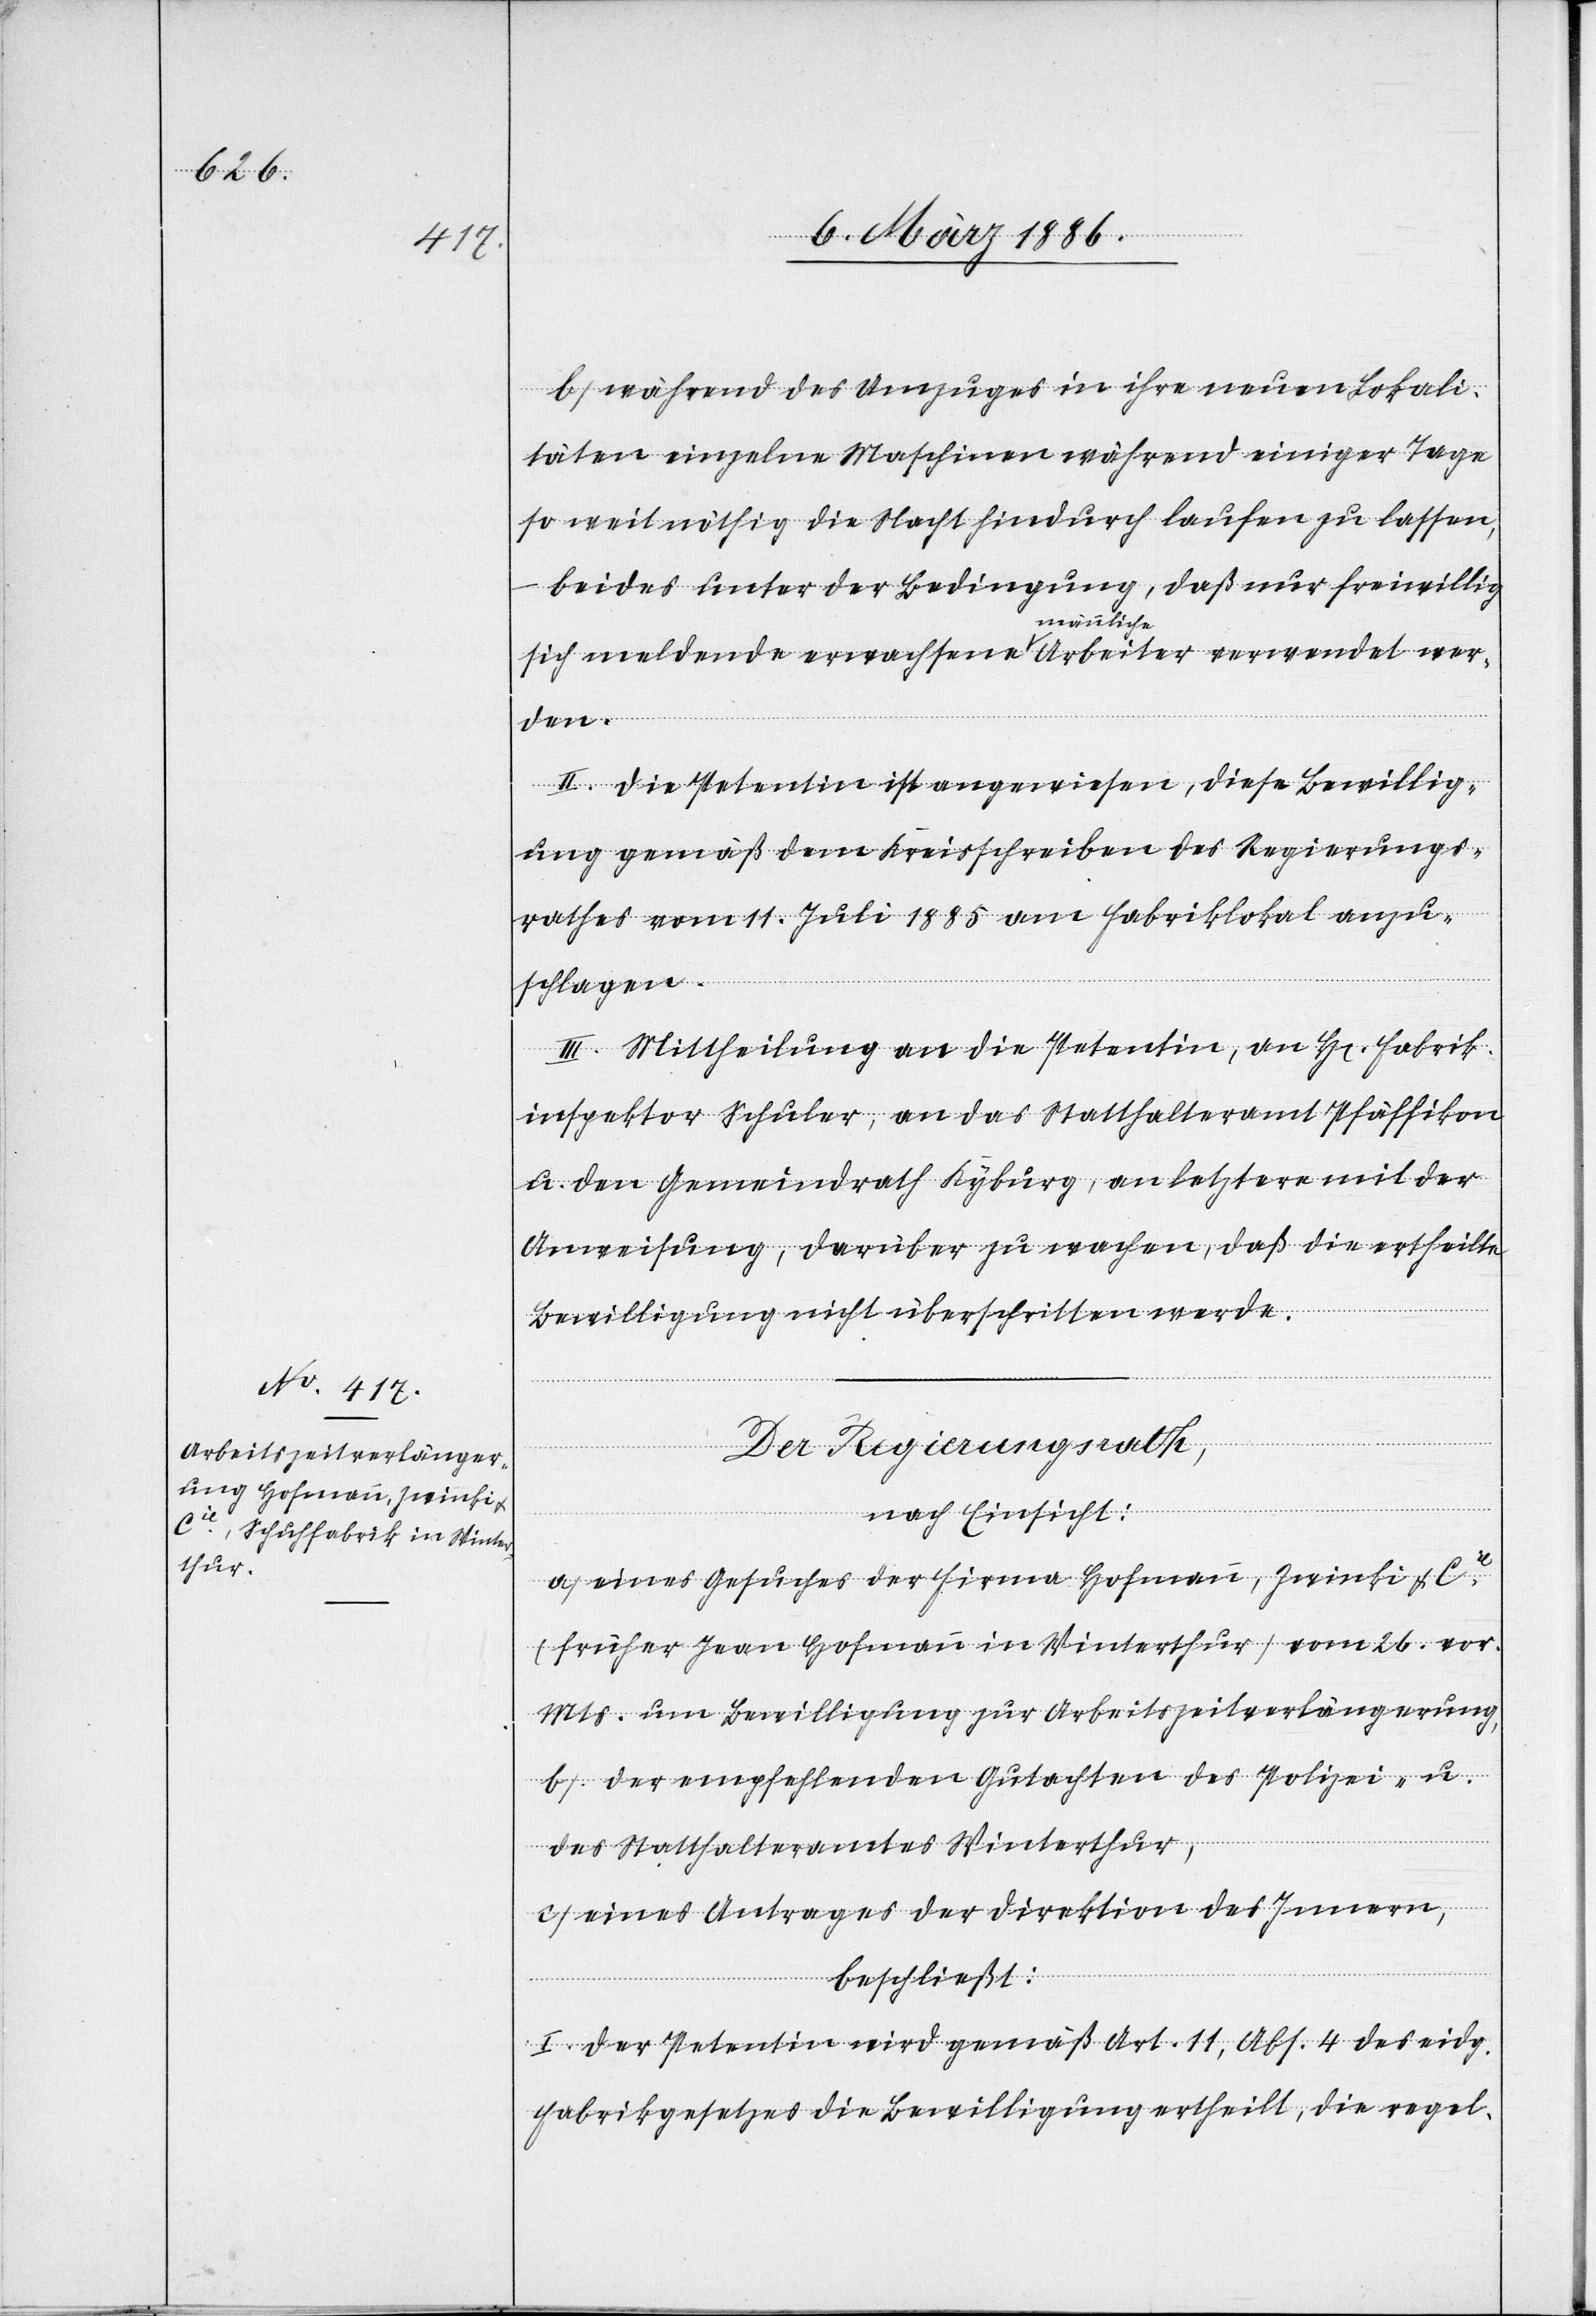
b) während des Umzuges in ihre neue Lokali¬
täten einzelne Maschinen während einiger Tage
so weit nöthig die Nacht hindurch laufen zu lassen,
beide unter der Bedingung, daß nur freiwillig
sich meldende erwachsene männliche Arbeiter verwendet wer¬
den.
II. Die Petentin ist angewiesen, diese Bewillig¬
ung gemäß dem Kreisscheiben des Regierungs¬
rathes vom 1. Juli 1885 am Fabriklokal anzu¬
schlagen.
III. Mittheilung an die Petentin, an Hr. Fabrik¬
inspektor Schuler, an das Statthalteramt Pfäffikon
u. den Gemeindrath Kyburg, an letztern mit der
Anweisung, darüber zu wachen, daß die ertheilte
Bewilligung nicht überschritten werde.
Der Regierungsrath,
nach Einsicht:
a) Eines Gesuches der Firma Hofmann, Zwinki & Cie
(früher Jean Hofmann in Winterthur) vom 26. vor.
Mts. um Bewilligung zur Arbeitszeitverlängerung,
b) Der empfehlenden Gutachten des Polizei- u.
des Statthalteramtes Winterthur,
c) Eines Antrages der Direktion des Innern,
beschließt:
I. Der Petentin wird gemäß Art. 11, Abs. 4 des eidg.
Fabrikgesetzes die Bewilligung ertheilt, die regel-